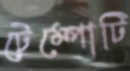
টেম্পোটি